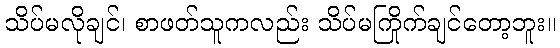
သိပ်မလိုချင်၊ စာဖတ်သူကလည်း သိပ်မကြိုက်ချင်တော့ဘူး။